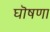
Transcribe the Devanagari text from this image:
घॊषणा